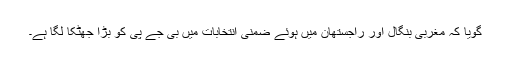
گویا کہ مغربی بنگال اور راجستھان میں ہوئے ضمنی انتخابات میں بی جے پی کو بڑا جھٹکا لگا ہے۔